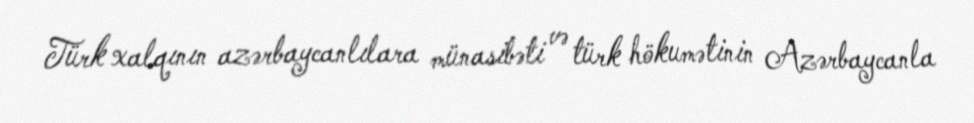
Türk xalqının azərbaycanlılara münasibəti və türk hökumətinin Azərbaycanla